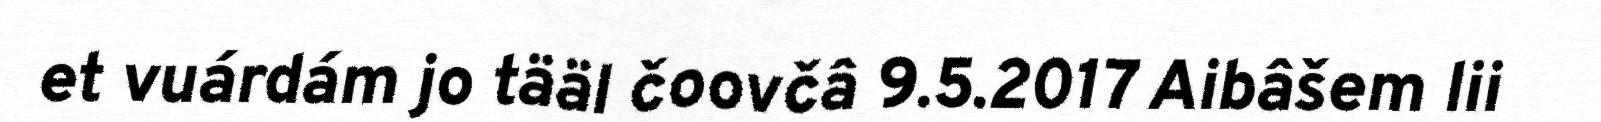
et vuárdám jo tääl čoovčâ 9.5.2017 Aibâšem lii